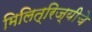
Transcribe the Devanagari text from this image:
मिलित्रिज्यीचे